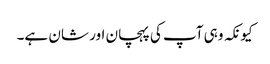
کیونکہ وہی آپ کی پہچان اور شان ہے۔